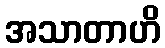
အသာတာဟိ